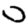
Digit: 0